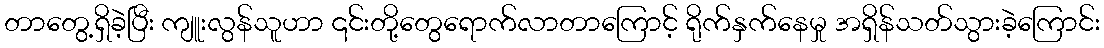
တာတွေ့ရှိခဲ့ပြီး ကျူးလွန်သူဟာ ၎င်းတို့တွေရောက်လာတာကြောင့် ရိုက်နှက်နေမှု အရှိန်သတ်သွားခဲ့ကြောင်း